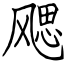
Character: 飔